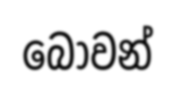
බෝවන්